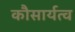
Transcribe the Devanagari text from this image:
कौसार्यत्व